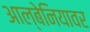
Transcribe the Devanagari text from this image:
आल्बेनियावर